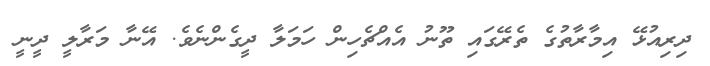
ދިރިއުޅޭ އިމާރާތުގެ ތެރޭގައި ތޫނު އެއްޗެހިން ހަމަލާ ދީގެންނެވެ. އޭނާ މަރާލީ ދީނީ